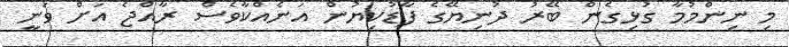
މި ނިންމުމާ ގުޅިގެން ބޭރު ދުނިޔޭގެ ފާޑުކިޔުން އަނެއްކާވެސް ރާއްޖެ އަށް ވަނީ